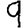
Digit: 9